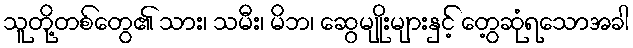
သူတို့တစ်တွေ၏ သား၊ သမီး၊ မိဘ၊ ဆွေမျိုးများနှင့် တွေ့ဆုံရသောအခါ